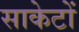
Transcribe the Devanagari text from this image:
साकेटों